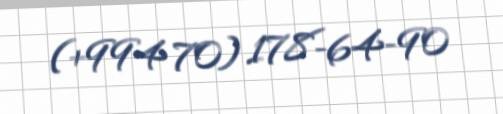
(+994 70) 178-64-90